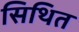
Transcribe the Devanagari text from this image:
सिथित